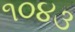
૧૦૪૩